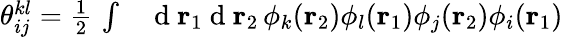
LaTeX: \begin{array}{rl}{{\theta}_{ij}^{kl}=\frac{1}{2}\, \int}&{{}\mathrm{~d~}{\mathbf{r}_{1}}\mathrm{~d~}{\mathbf{r}_{2}}\, \phi_{k}({\mathbf{r}_{2}})\phi_{l}({\mathbf{r}_{1}})\phi_{j}({\mathbf{r}_{2}})\phi_{i}({\mathbf{r}_{1}})}\end{array}